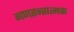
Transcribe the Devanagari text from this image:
गणतन्त्रात्मक